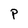
Character: P